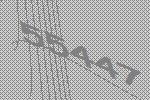
55447